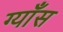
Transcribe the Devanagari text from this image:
ग्याँस